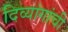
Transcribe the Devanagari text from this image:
दिव्यांगांची